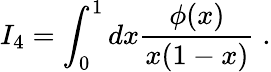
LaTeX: I_{4}=\int_{0}^{1}dx\frac{\phi(x)}{x(1-x)}\; .